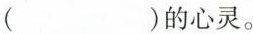
( )的心灵。